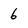
Character: 6